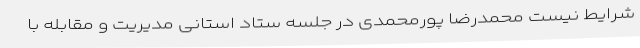
شرایط نیست محمدرضا پورمحمدی در جلسه ستاد استانی مدیریت و مقابله با